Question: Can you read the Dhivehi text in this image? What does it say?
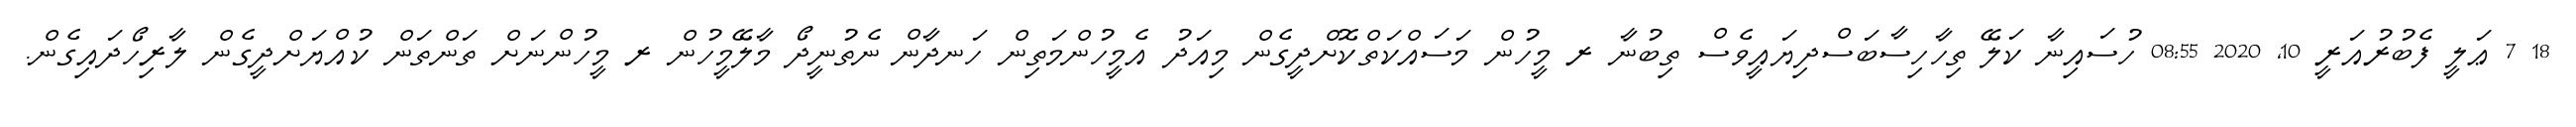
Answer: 18 7 ޢަލީ ފެބުރުއަރީ 10, 2020 08:55 ހުސައިނާ ކަލޭ ތިހާހިސާބަސްދިޔައީވެސް ތިބުނާ ރ މީހުން މަސައްކަތްކޮށްދީގެން މިއަދު އެމީހުންމަތިން ހަނދާން ނެތުނީދޯ މާލޭމީހުން ރ މީހުންނަށް ތަންތަން ކުއްޔަށްދީގެން ލާރިހޯދައިގެން.